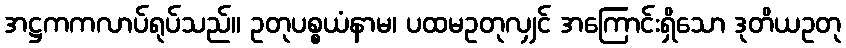
အဋ္ဌကကလာပ်ရုပ်သည်။ ဥတုပစ္စယံနာမ၊ ပထမဥတုလျှင် အကြောင်းရှိသော ဒုတိယဥတု